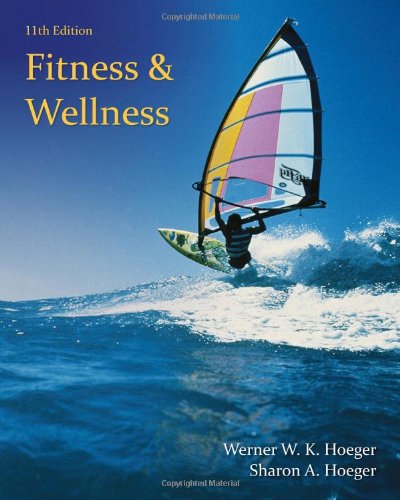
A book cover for Fitness and Wellness; Wener W.K. Hoeger; Medical Books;